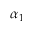
\alpha _ { 1 }